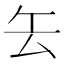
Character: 𠫟